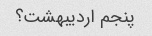
پنجم اردیبهشت؟